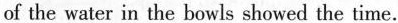
of the water in the bowls showed the time.